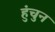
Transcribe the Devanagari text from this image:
हुंचुन